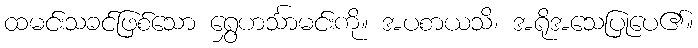
ထမင်းသခင်ဖြစ်သော ရွှေဟင်္သာမင်းကို။ အပစာယသိ၊ အရိုအသေပြုပေ၏။